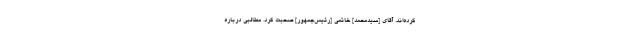
كرده‌اند. آقاى [سیدمحمد] خاتمى [رئیس‌جمهور] صحبت كرد. مطالبی درباره